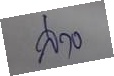
ล่าง